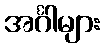
အင်္ဂါများ